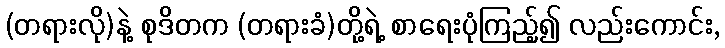
(တရားလို)နဲ့ စုဒိတက (တရားခံ)တို့ရဲ့ စာရေးပုံကြည့်၍ လည်းကောင်း,